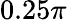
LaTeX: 0.25\pi